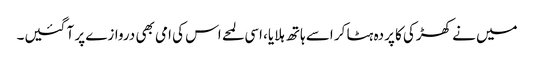
میں نے کھڑکی کا پردہ ہٹا کر اسے ہاتھ ہلایا، اسی لمحے اس کی امی بھی دروازے پر آ گئیں۔